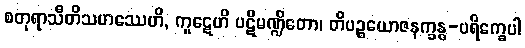
စတုရာသီတိသဟဿေဟိ, ကူဋေဟိ ပဋိမဏ္ဍိတော၊ တိပဉ္စယောဇနက္ခန္ဓ-ပရိက္ခေပါ